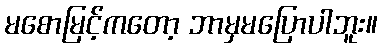
မစောမြင့်ကတော့ ဘာမှမပြောပါဘူး။